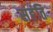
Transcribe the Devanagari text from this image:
संहंति